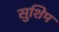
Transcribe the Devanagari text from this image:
सुशिम